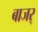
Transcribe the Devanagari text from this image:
बाजर्